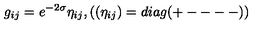
g _ { i j } = e ^ { - 2 \sigma } \eta _ { i j } , \left( ( \eta _ { i j } ) = d i a g ( + --- - ) \right)